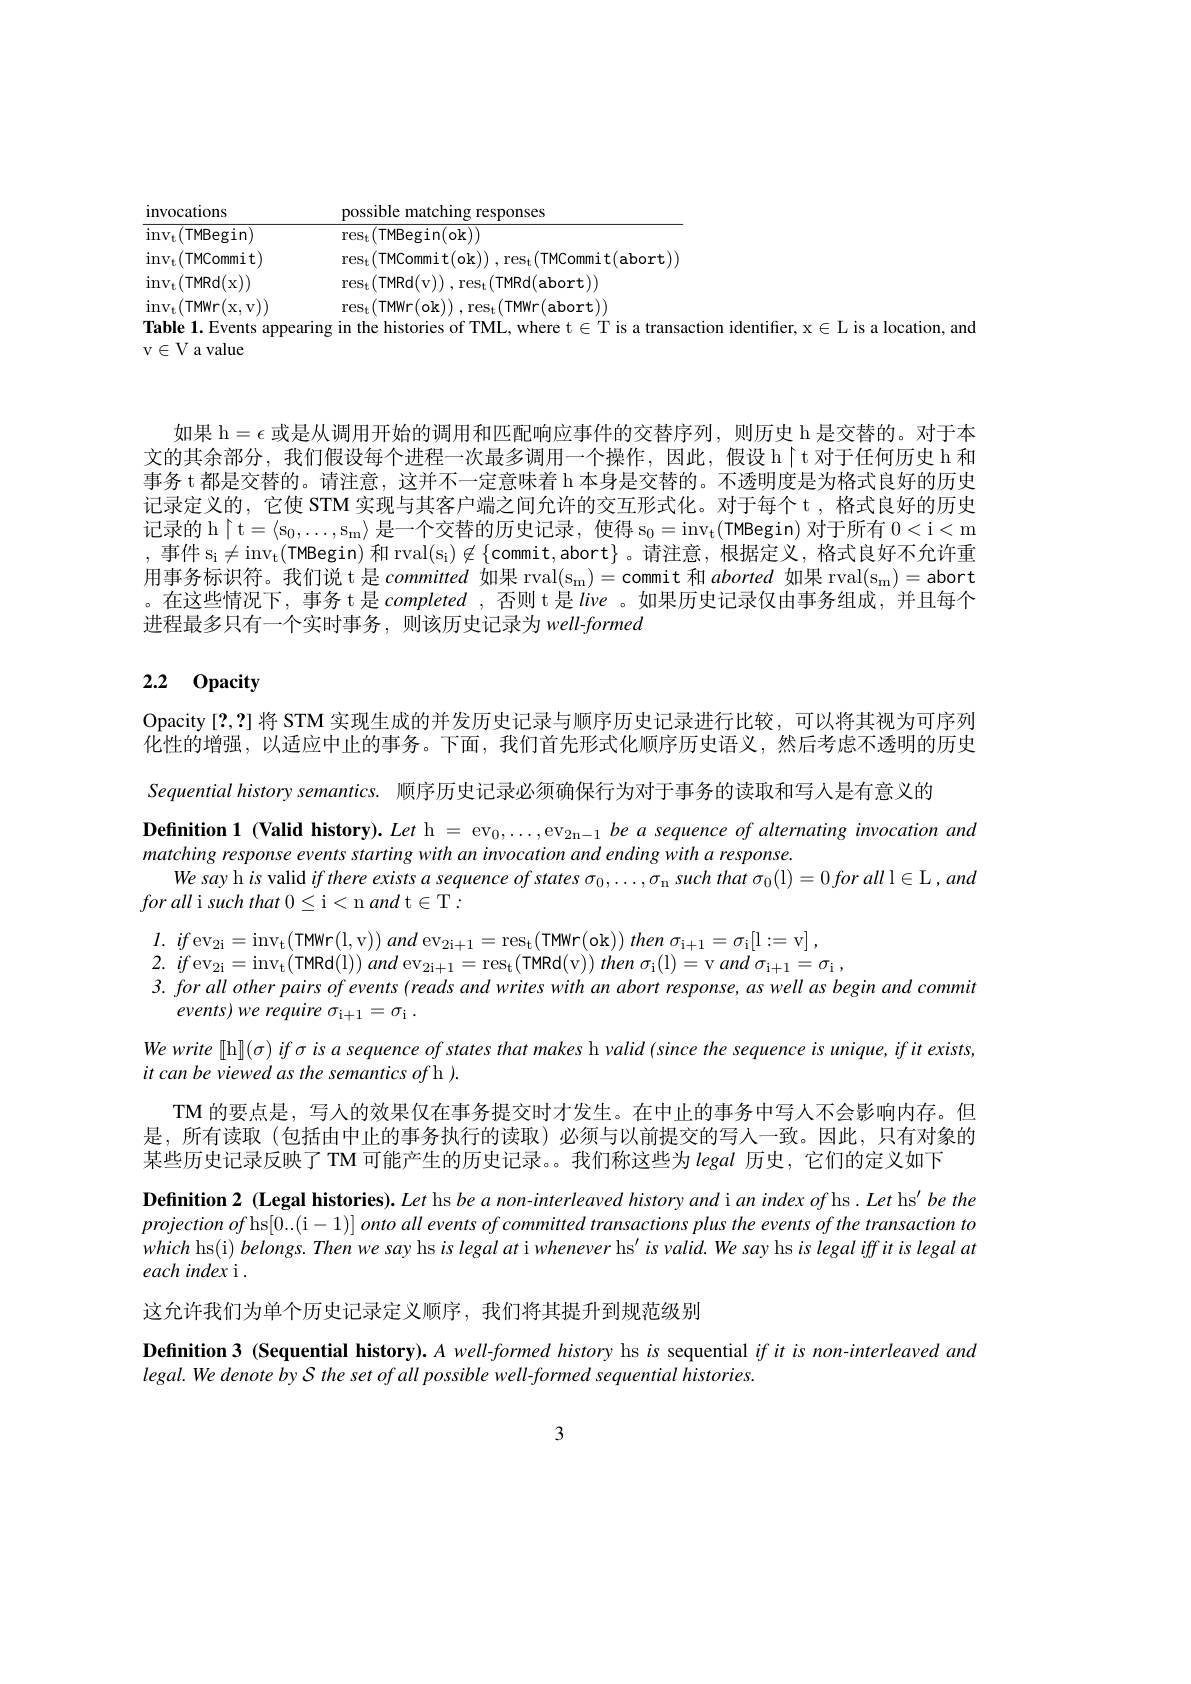
invocations

$\underline{{\mathrm{possible~matching~responses}}}$

${\frac{\mathrm{res}_{\mathrm{t}}(\mathrm{TMBegin}(\mathrm{ok}))}}$

${\overline{{\mathrm{inv}_{\mathrm{t}}(\mathrm{TMBegin})}}}$

$\operatorname{inv}_{\mathrm{t}}($TMCommit)

$\mathrm{res}_{\mathrm{t}}($TMCommit(ok)),res$_\mathrm{t}($TMCommit(abort))

$\operatorname{inv}_{\mathrm{t}}(\operatorname{TMRd}($x))

$\operatorname{res}_{\mathrm{t}}($TMRd(v$)),\operatorname{res}_\mathrm{t}($TMRd(abort))

$\operatorname{inv}_{\mathrm{t}}($TMWr(x,v))

$\operatorname{res}_{\mathrm{t}}($TMWr(ok)) $, \operatorname { res} _\mathrm{t} ($TMWr(abort))

Table 1. Events appearing in the histories of TML, where t $\in\mathbb{T}$ is a transaction identifier, x $\in\mathcal{L}$ is a location, and

v$\in$V a value

如果 h$=\epsilon$或是从调用开始的调用和匹配响应事件的交替序列，则历史 h 是交替的。对于本文的其余部分，我们假设每个进程一次最多调用一个操作，因此，假设h$\restriction t对于任何历史 h 和$ 事务 t 都是交替的。请注意，这并不一定意味着 h 本身是交替的。不透明度是为格式良好的历史记录定义的，它使 STM 实现与其客户端之间允许的交互形式化。对于每个 t ,格式良好的历史记录的 h$\restriction$t$=\langle\mathrm{s}_0,\ldots,\mathrm{s}_{\mathrm{m}}\rangle$是一个交替的历史记录，使得$\mathrm{s}_0=\mathrm{inv}_{\mathrm{t}}($TMBegin) 对于所有0<i<m , 事件$s_i\neq$in$v_t$( TMBegin) 和 rval(s$_\mathrm{i})\not\in\{$commit,abort}。请注意，根据定义，格式良好不允许重用事务标识符。我们说 t 是committed如果 rval(s$_\mathrm{m})=$ commit 和aborted如果 rval(s$_\mathrm{m})=$abort 。在这些情况下，事务 t 是completed ,否则 t 是live 。如果历史记录仅由事务组成，并且每个进程最多只有一个实时事务，则该历史记录为 well-formed

# 2.2 0pacity

Opacity [?,2] 将 STM 实现生成的并发历史记录与顺序历史记录进行比较，可以将其视为可序列化性的增强，以适应中止的事务。下面，我们首先形式化顺序历史语义，然后考虑不透明的历史Sequential history semantics. 顺序历史记录必须确保行为对于事务的读取和写人是有意义的
Definition 1 (Valid history). Let h = ev$_0,\ldots,\mathrm{ev}_{2\mathrm{n-1}}$ be $a$ sequence of alternating invocation and
matching response events starting with an invocation and ending with a response.
We say h $is$ valid if there exists a sequence of states $\sigma_0,\ldots,\sigma_{\mathrm{n}}$ such that $\sigma_0($l$) = 0\textit{for all l}\in \mathcal{L} , and$
foralli such that $0\leq$i< n and t$\in$T:
$\begin{array}{c}l.&if\mathrm{ev}_{2\mathrm{i}}=\mathrm{inv}_{\mathrm{t}}(\mathrm{TMWr}(\mathrm{l,v}))\:and\mathrm{~ev}_{2\mathrm{i+1}}=\mathrm{res}_{\mathrm{t}}(\mathrm{TMWr}(\mathrm{ok}))\:then\:\sigma_{\mathrm{i+1}}=\sigma_{\mathrm{i}}[\mathrm{:=v}]\:,\\2.&if\mathrm{~ev}_{2\mathrm{i}}=\mathrm{inv}_{\mathrm{t}}(\mathrm{TMRd}(\mathrm{l}))\:and\mathrm{~ev}_{2\mathrm{i+1}}=\mathrm{res}_{\mathrm{t}}(\mathrm{TMRd}(\mathrm{v}))\:then\:\sigma_{\mathrm{i}}(\mathrm{l})=\mathrm{v~and~}\sigma_{\mathrm{i+1}}=\sigma_{\mathrm{i}}\end{array}$
$events) we\textit{ require }\sigma _{\mathrm{i+ 1}}= \sigma _{\mathrm{i} }$ .
We write [h][(σ) if σ is α sequence of states that makes h valid (since the sequence is unique, if it exists,
it can be viewed as the semantics of h ).
TM 的要点是，写人的效果仅在事务提交时才发生。在中止的事务中写人不会影响内存。但是，所有读取(包括由中止的事务执行的读取)必须与以前提交的写人一致。因此，只有对象的某些历史记录反映了 TM 可能产生的历史记录。。我们称这些为legal 历史，它们的定义如下
Definition 2 (Legal histories). Let hs be a non-interleaved history and i an index of hs . Let hs' be the projectionofhs[0...(i$- 1) ] \textit{onto all events of committed transactions plus the events of the transaction to}$ which hs(i) belongs. Then we say hs is legal at i whenever hs' is valid. We say hs is legal iffit is legal at each index i
这允许我们为单个历史记录定义顺序，我们将其提升到规范级别

Definition 3 (Sequential history). A well-formed history hs $is$ sequential $if$ it is non-interleaved and
legal. We denote by S the set of all possible well-formed sequential histories.

3